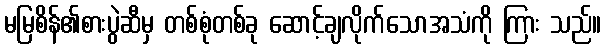
မမြစိန်၏စားပွဲဆီမှ တစ်စုံတစ်ခု ဆောင့်ချလိုက်သောအသံကို ကြား သည်။